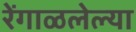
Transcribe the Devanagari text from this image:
रेंगाळलेल्या